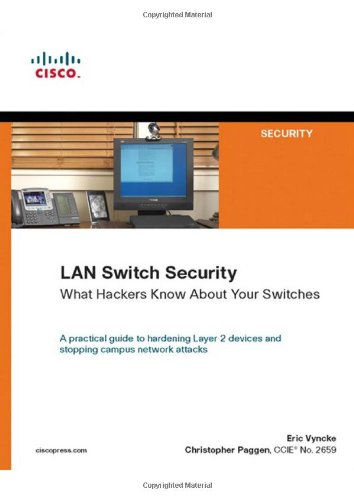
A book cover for LAN Switch Security: What Hackers Know About Your Switches; Eric Vyncke; Computers & Technology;